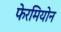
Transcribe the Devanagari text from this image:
फेरमियोन